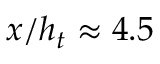
x / h _ { t } \approx 4 . 5